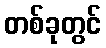
တစ်ခုတွင်